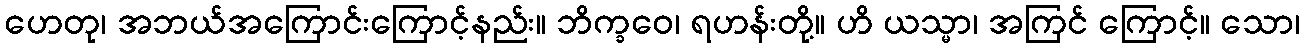
ဟေတု၊ အဘယ်အကြောင်းကြောင့်နည်း။ ဘိက္ခဝေ၊ ရဟန်းတို့။ ဟိ ယသ္မာ၊ အကြင် ကြောင့်။ သော၊